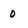
Character: 0